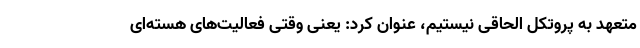
متعهد به پروتکل الحاقی نیستیم، عنوان کرد: یعنی وقتی فعالیت‌های هسته‌ای